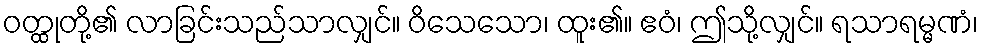
ဝတ္ထုတို့၏ လာခြင်းသည်သာလျှင်။ ဝိသေသော၊ ထူး၏။ ဧဝံ၊ ဤသို့လျှင်။ ရသာရမ္မဏံ၊